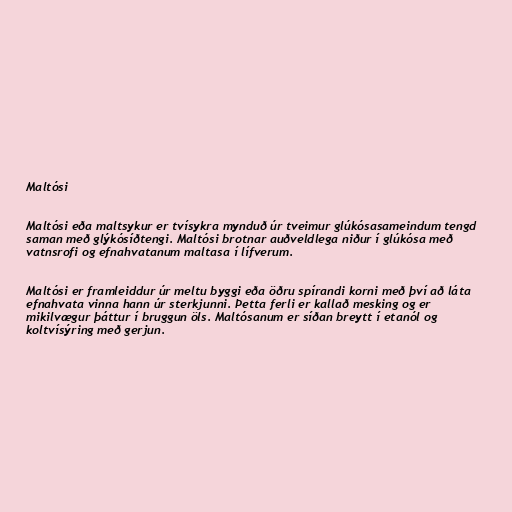
Maltósi

Maltósi eða maltsykur er tvísykra mynduð úr tveimur glúkósasameindum tengd
saman með glýkósíðtengi. Maltósi brotnar auðveldlega niður í glúkósa með
vatnsrofi og efnahvatanum maltasa í lífverum.

Maltósi er framleiddur úr meltu byggi eða öðru spírandi korni með því að láta
efnahvata vinna hann úr sterkjunni. Þetta ferli er kallað mesking og er
mikilvægur þáttur í bruggun öls. Maltósanum er síðan breytt í etanól og
koltvísýring með gerjun.